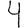
Digit: 4